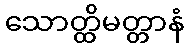
သောတ္ထိမတ္တာနံ